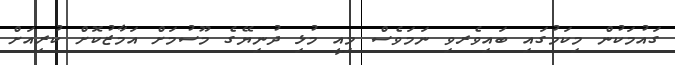
ގައުމަކުން މިކަމުގައި ބައިވެރވި ނަމަވެސް މިއީ މުޅި ދުނިޔޭގެ މޫސުމަށް އަމާޒުކޮށް ކުރިއަށް